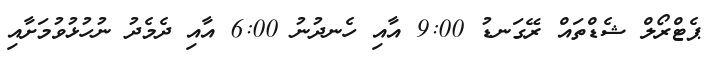
ޕެޓްރޯލް ޝެޑްތައް ރޭގަނޑު 9:00 އާއި ހެނދުނު 6:00 އާއި ދެމެދު ނުހުޅުވުމަށާއި